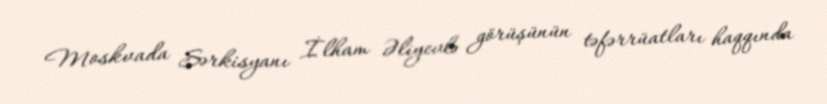
Moskvada Sərkisyanı İlham Əliyevlə görüşünün təfərrüatları haqqında